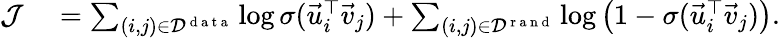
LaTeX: \begin{array}{rl}{{\cal J}}&{{}=\sum_{(i,j)\in{\cal D}^{\mathrm{~d~a~t~a~}}}\log\sigma(\vec{u}_{i}^{\top}\vec{v}_{j})+\sum_{(i,j)\in{\cal D}^{\mathrm{~r~a~n~d~}}}\log\left(1-\sigma(\vec{u}_{i}^{\top}\vec{v}_{j})\right).}\end{array}